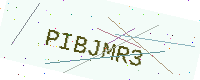
Text: PIBJMR3